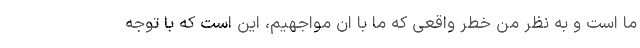
ما است و به نظر من خطر واقعی که ما با ان مواجهیم، این است که با توجه